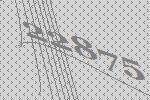
22875